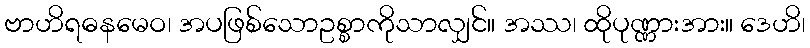
ဗာဟိရဓနမေဝ၊ အပဖြစ်သောဥစ္စာကိုသာလျှင်။ အဿ၊ ထိုပုဏ္ဏားအား။ ဒေဟိ၊